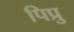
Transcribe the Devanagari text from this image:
पिप्रु